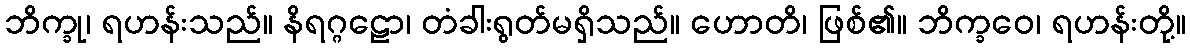
ဘိက္ခု၊ ရဟန်းသည်။ နိရဂ္ဂဠော၊ တံခါးရွတ်မရှိသည်။ ဟောတိ၊ ဖြစ်၏။ ဘိက္ခဝေ၊ ရဟန်းတို့။